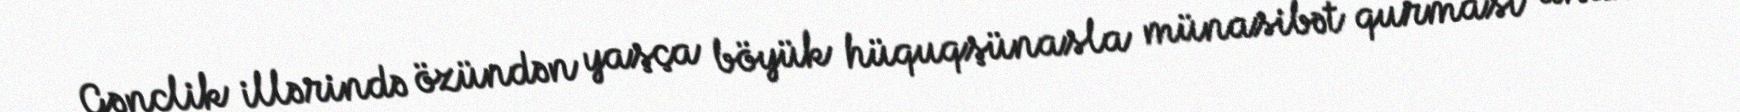
Gənclik illərində özündən yaşça böyük hüquqşünasla münasibət qurması anası